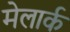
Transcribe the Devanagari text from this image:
मेलार्क